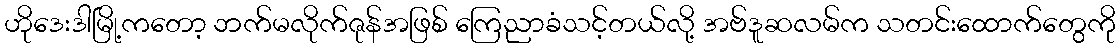
ဟိုဒေးဒါမြို့ကတော့ ဘက်မလိုက်ဇုန်အဖြစ် ကြေညာခံသင့်တယ်လို့ အဗ်ဒူဆလမ်က သတင်းထောက်တွေကို